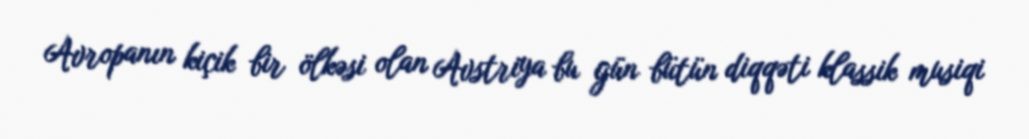
Avropanın kiçik bir ölkəsi olan Avstriya bu gün bütün diqqəti klassik musiqi